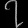
Digit: ၇